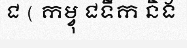
ជ ( កម្វុ ជទឹក និង